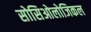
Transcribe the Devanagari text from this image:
सोसिओलोजिकल